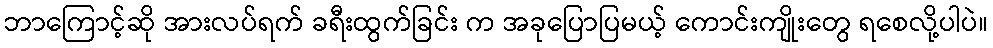
ဘာကြောင့်ဆို အားလပ်ရက် ခရီးထွက်ခြင်း က အခုပြောပြမယ့် ကောင်းကျိုးတွေ ရစေလို့ပါပဲ။